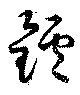
鑪